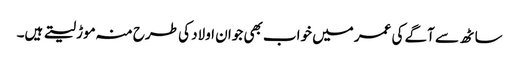
ساٹھ سے آگے کی عمر میں خواب بھی جوان اولاد کی طرح منہ موڑ لیتے ہیں۔